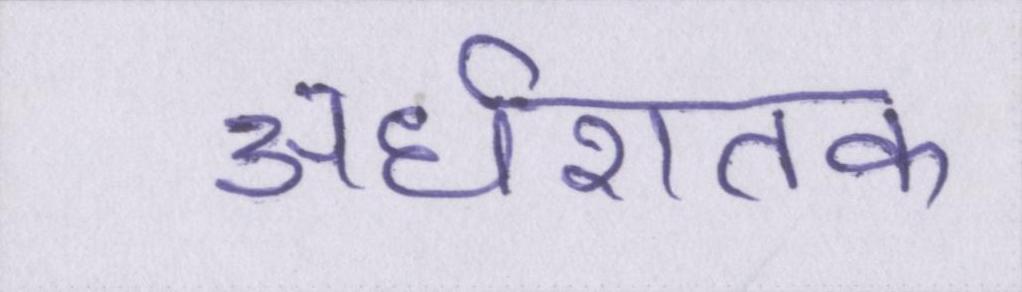
अर्धशतक